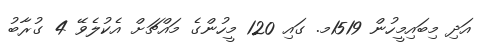
އަދި މިބައިމީހުން 1519މ. ގައި 120 މީހުންގެ މައްޗަށް އެކުލެވޭ 4 ގުރާބު